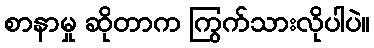
စာနာမှု ဆိုတာက ကြွက်သားလိုပါပဲ။